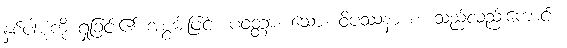
နှစ်ပါးစုံကို ရှုခြင်း၏ အစွမ်းဖြင့်။ ပဝတ္တာ၊ သော။ ဝိပဿနာ စ၊ သည်လည်းကောင်း။